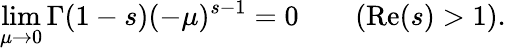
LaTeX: \operatorname*{lim}_{\mu\to 0}\Gamma(1-s)(-\mu)^{s-1}=0\qquad(\operatorname{Re}(s)>1).